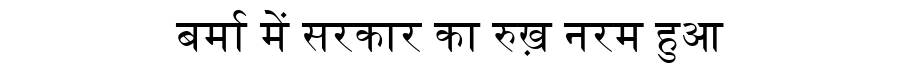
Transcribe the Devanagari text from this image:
बर्मा में सरकार का रुख़ नरम हुआ